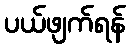
ပယ်ဖျက်ရန်